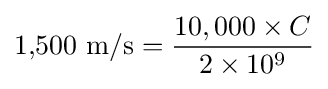
{\text{1,500 m/s}}={\frac {10,000\times C}{2\times 10^{9}}}